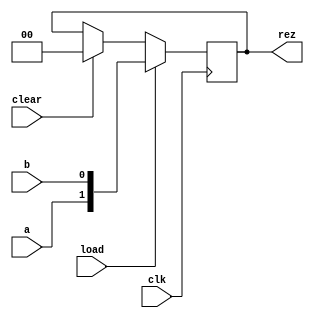
module regD_dim2(input a, b, clk, load, clear, output [1:0]rez);
    reg [1:0] rez;

    always @(posedge clk)
        begin
            if (clear == 1) begin
                rez = 0;
            end
            
            if (load == 1) begin
                rez = {a, b};
            end
        end
endmodule